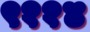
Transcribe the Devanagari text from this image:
९११४